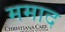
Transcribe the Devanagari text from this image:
ममाद